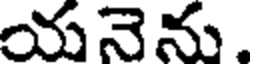
యనెను.